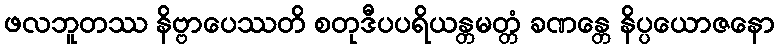
ဖလဘူတဿ နိဗ္ဗာပေဿတိ စတုဒီပပရိယန္တမတ္တံ ခဏန္တေ နိပ္ပယောဇနော